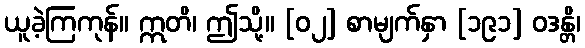
ယူခဲ့ကြကုန်။ ဣတိ၊ ဤသို့။ [၀၂] စာမျက်နှာ [၁၉၁] ဝဒန္တိ၊